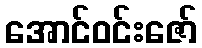
အောင်ဝင်းဇော်